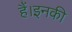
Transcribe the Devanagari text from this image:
हैं।इनकी